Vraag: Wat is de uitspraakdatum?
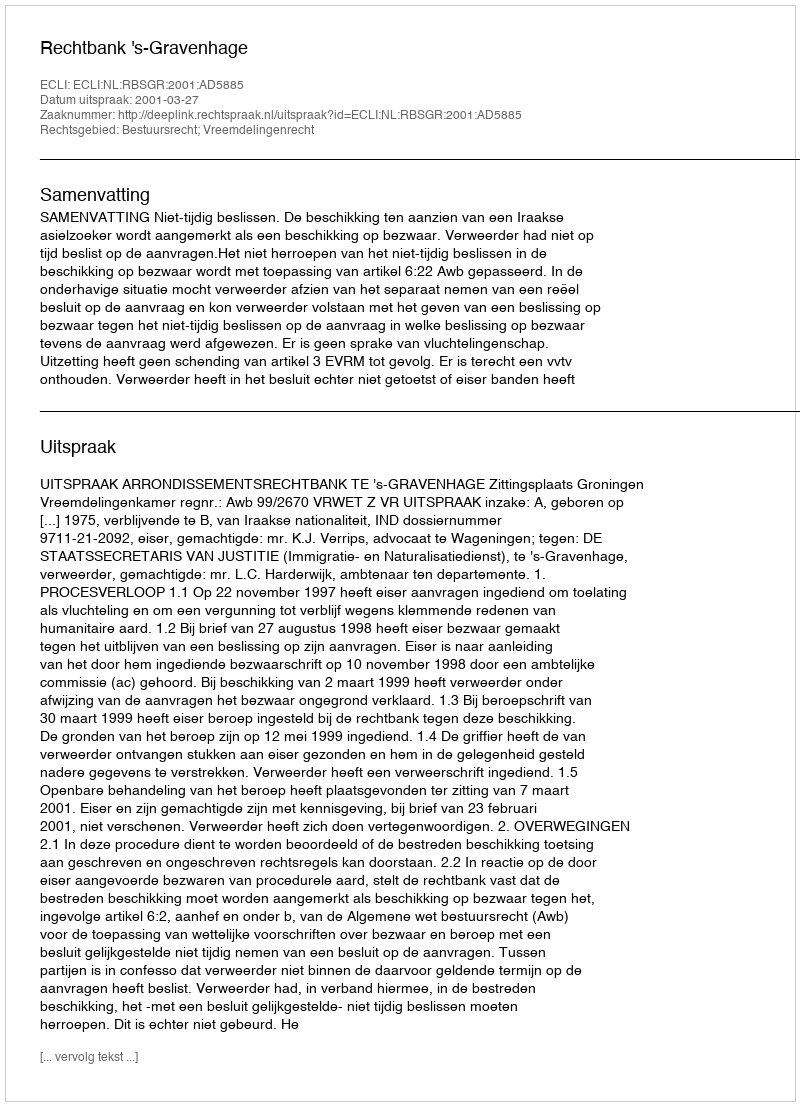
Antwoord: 2001-03-27